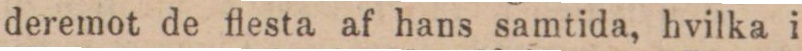
deremot de flesta af hans samtida, hvilka i